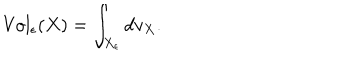
\mathrm { V o l } _ { \epsilon } ( X ) = \int _ { X _ { \epsilon } } d v _ { X } .